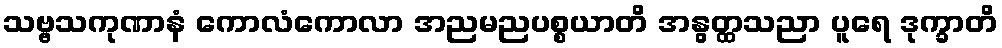
သဗ္ဗသကုဏာနံ ကောလံကောလာ အညမညပစ္စယာတိ အနွတ္ထသညာ ပူရေ ဒုက္ခာတိ